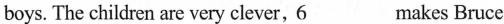
boys. The children are very clever, \underline{6} makes Bruce